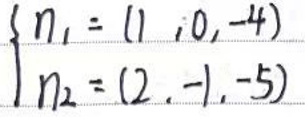
\begin{cases}
n_1=(1,0,-4) \\
n_2=(2,-1,-5)
\end{cases}